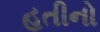
હતીનો